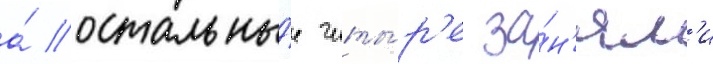
а́ остальны́е четы́р'е за́н'ял'и